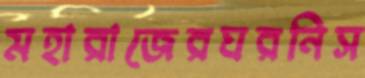
মহারাজেরঘরনিস